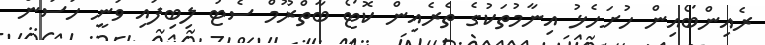
ރެއިންބޯއިން ހުށަހެޅު އިނާމުތަކުގެ ތެރެއިން ކޮޓޯ ބާތްރޫމް ސެޓު ލިބިފައި ވަނީ ހަސަން